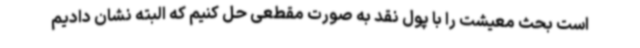
است بحث معیشت را با پول نقد به صورت مقطعی حل کنیم که البته نشان دادیم